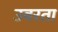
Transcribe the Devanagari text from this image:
उबरता